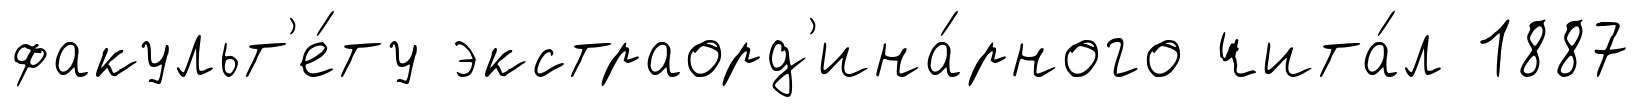
факульт'е́ту экстраорд'ина́рного чита́л 1887